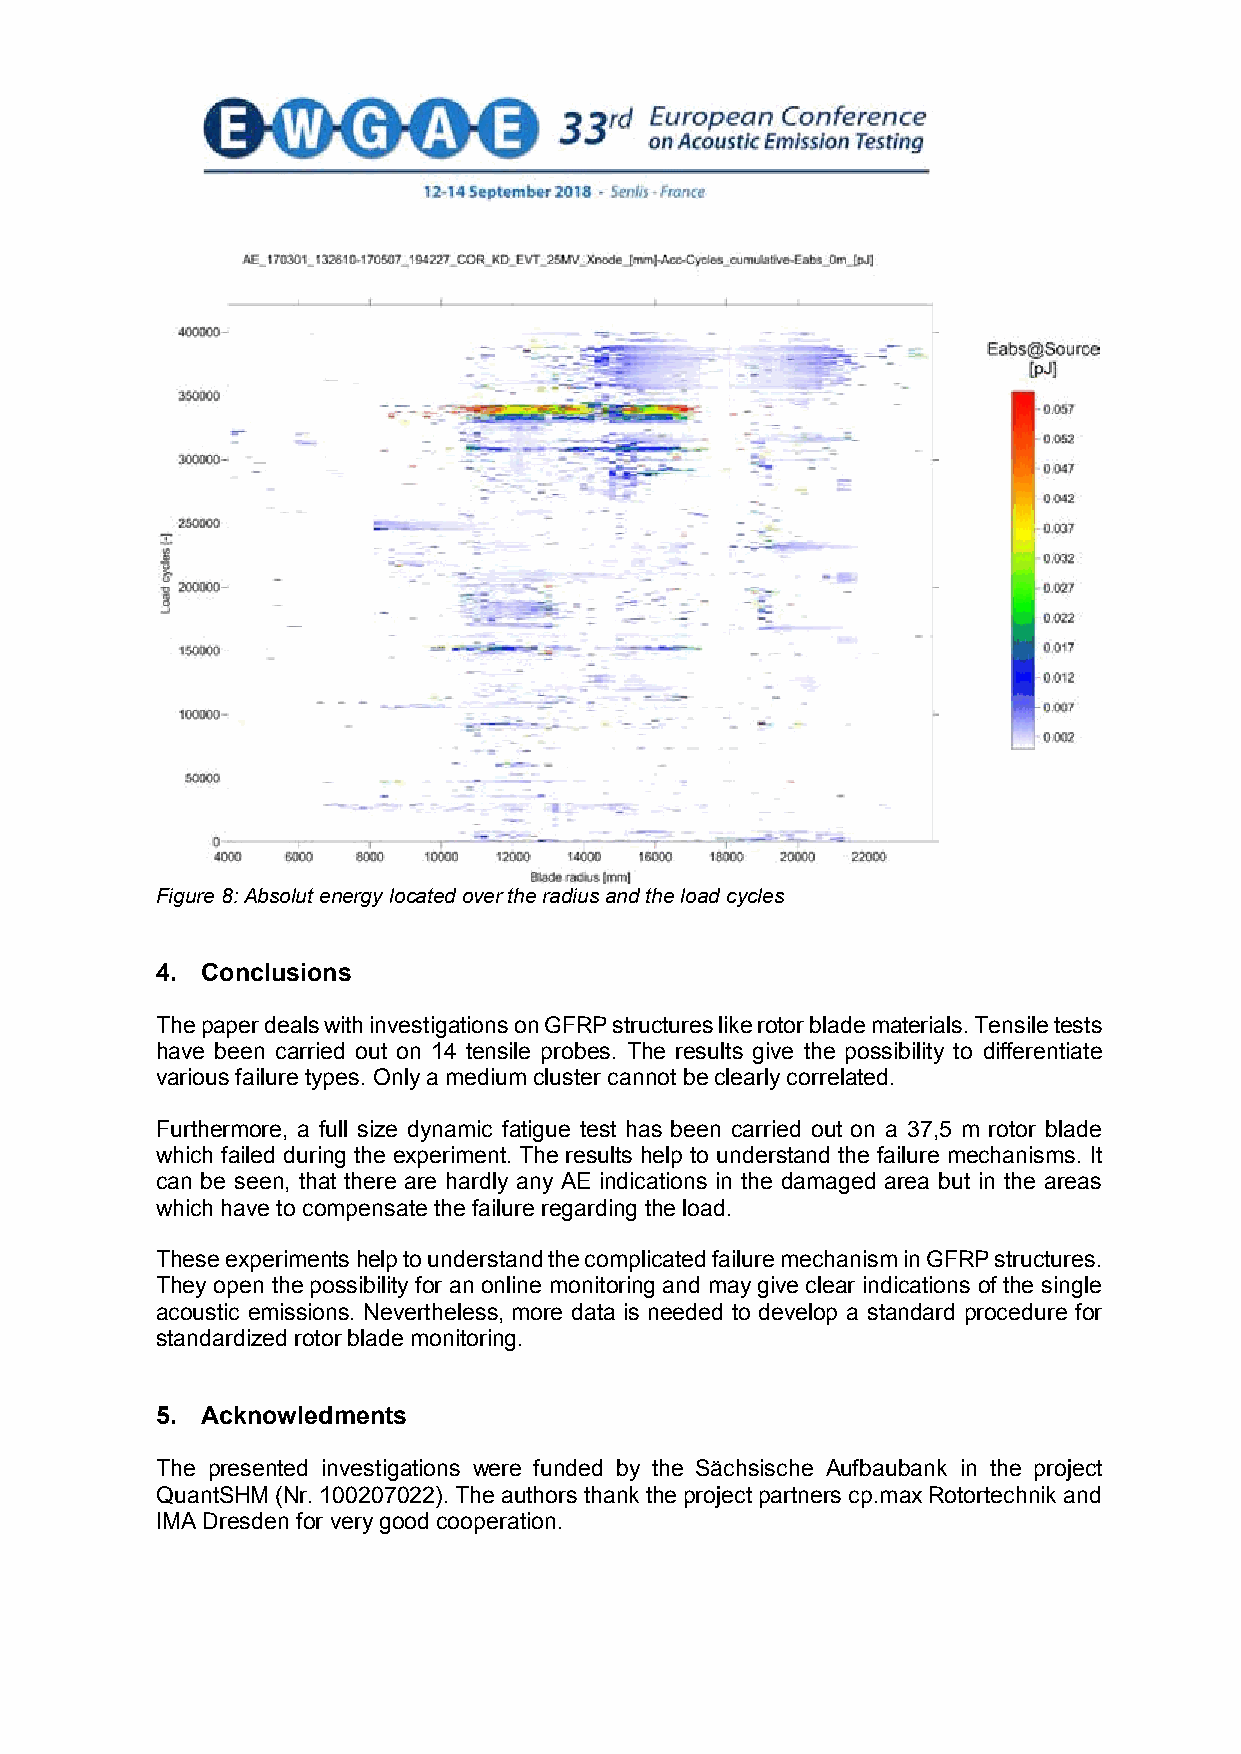
Figure 8: Absolut energy located over the radius and the load cycles
 4. Conclusions
 The paper deals with investigations on GFRP structures like rotor blade materials. Tensile tests
 have been carried out on 14 tensile probes. The results give the possibility to differentiate
 various failure types. Only a medium cluster cannot be clearly correlated.
 Furthermore, a full size dynamic fatigue test has been carried out on a 37,5 m rotor blade
 which failed during the experiment. The results help to understand the failure mechanisms. It
 can be seen, that there are hardly any AE indications in the damaged area but in the areas
 which have to compensate the failure regarding the load.
 These experiments help to understand the complicated failure mechanism in GFRP structures.
 They open the possibility for an online monitoring and may give clear indications of the single
 acoustic emissions. Nevertheless, more data is needed to develop a standard procedure for
 standardized rotor blade monitoring.
 5. Acknowledments
 The presented investigations were funded by the Sächsische Aufbaubank in the project
 QuantSHM (Nr. 100207022). The authors thank the project partners cp.max Rotortechnik and
 IMA Dresden for very good cooperation.
 7